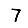
Digit: 7